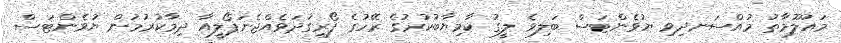
މައުލޫމާތު މުއްސަނދިވި ޔުވެންޓަސް ބަލިވެ ލީގު ކާމިޔާބުކުރުގެ ރޭހުގެ ފޯރިގަދަވެއްޖެނަޕޯލީއާ ދިމާކުރުމުން ޔުވެންޓަސް